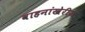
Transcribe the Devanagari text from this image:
वाहनांखेरीज